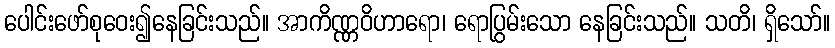
ပေါင်းဖော်စုဝေး၍နေခြင်းသည်။ အာကိဏ္ဏဝိဟာရော၊ ရောပြွမ်းသော နေခြင်းသည်။ သတိ၊ ရှိသော်။